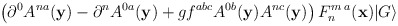
\begin{align*}\left( \partial ^0 A ^{n a} ({\bf y}) - \partial ^n A ^{0 a} ({\bf y})+ g f^{abc} A^{0b} ({\bf y}) A^{nc} ({\bf y}) \right) F^{m \; a} _n ({\bf x})\vert G \rangle\end{align*}